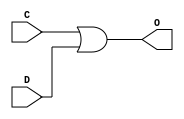
//
// Conformal-LEC Version 19.20-d218 (25-Feb-2020)
//
module top(C, D, O);
input C,D;
output O;


or \g11877/U$2 ( O, C, D );
endmodule